Virumaa_algkoolid, lk 11
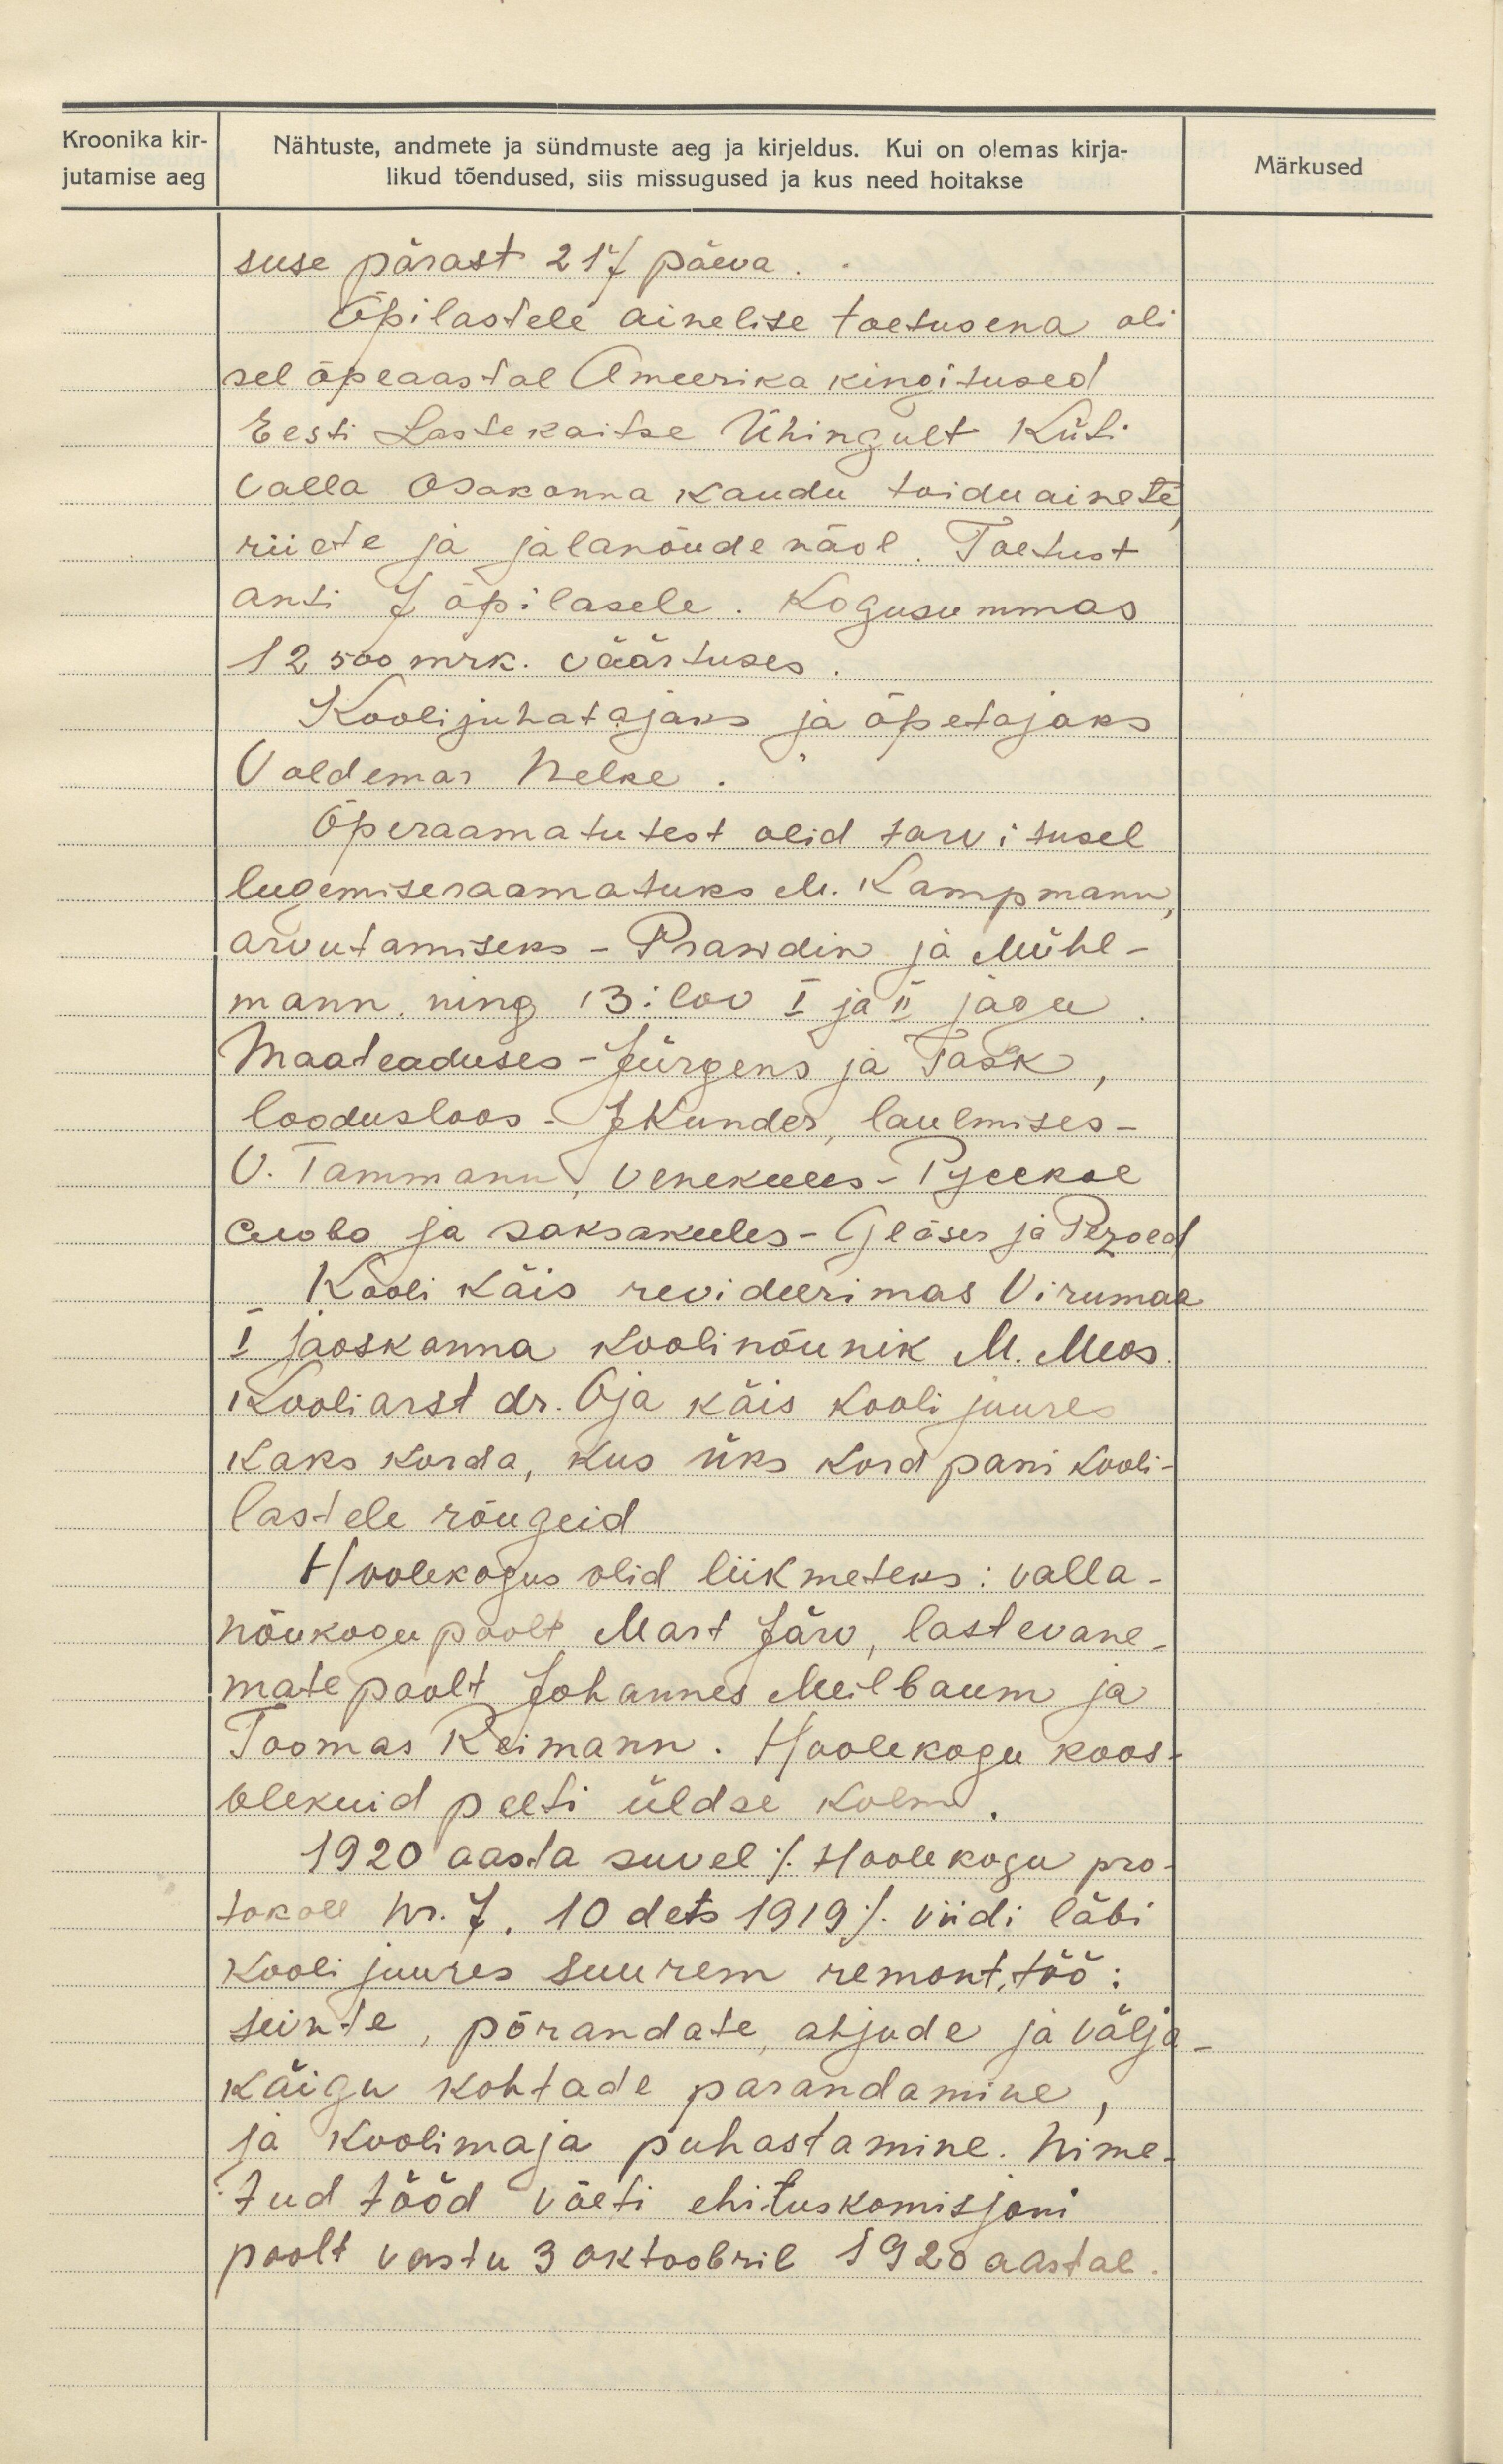
Kroonika kir-
jutamise aeg

Märkused

Nähtuste, andmete ja sündmuste aeg ja kirjeldus. Kui on olemas kirja-
likud tõendused, siis missugused ja kus need hoitakse
suse pärast 217 päeva.
Õpilastele ainelise toetusena oli
sel õpeaastal Ameerika kingitused
Eesti Lastekaitse Ühingult Küti
valla osakonna kaudu toiduainete
riiete ja jalanõude näol. Toetust
anti 7 õpilasele. Kogusummas
12 500 mrk. väärtuses
Koolijuhatajaks ja õpetajaks
Voldemar Nelke.
Õperaamatutest olid tarvitusel
lugemiseraamatuks M. Kampmann,
arvutamiseks - Prawdin ja Mühl-
mann ning Bilow I ja II jagu
Maateaduses - Jürgens ja Task,
loodusloos - JKunder, laulmises -
V. Tammann, Venekeeles- 1geekoe
Asobo ja saksakeeles - Gläsen ja Pezoed.
Kooli käis revideerimas Viirumaa
I jaoskonna kooli nõunik M. Meos
Kooliarst dr. Oja käis kooli juures
Kaks korda, kus üks kord pani kooli-
lastele rõugeid
Hoolekogus olid liikmeteks: valla-
nõukogu poolt Mart Järv, lastevane-
mate poolt Johannes Meilbaum ja
Toomas Reimann. Hoolekogu koos-
olekuid peeti üldse kolm.
1920 aasta suvel /Hoolekogu pro-
tokoll nr. 7, 10 dets 1919/ viidi läbi
kooli juures suurem remont, töö:
seinte, põrandate, ahjude ja välja-
käigu kohtade parandamine,
ja koolimaja puhastamine. Nime-
tud tööd võeti ehituskomisjoni
poolt vastu 3 oktoobril 1928 aastal.